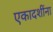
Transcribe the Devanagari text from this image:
एकादशींना